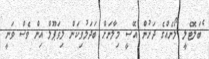
ެބަލޮޓެލީ ލޯނެއްގެ ދަށުން އޭސީ މިލާނަށް ބަދަލުވިކަން ލިވަޕޫލް އިން ވެސް ވަނީ